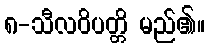
၈-သီလဝိပတ္တိ မည်၏။